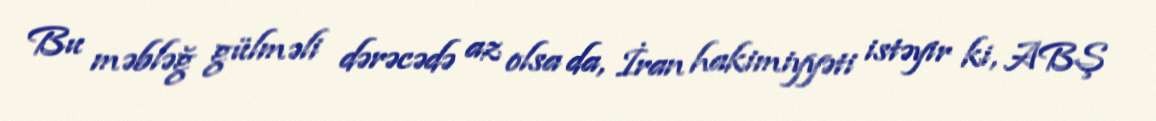
Bu məbləğ gülməli dərəcədə az olsa da, İran hakimiyyəti istəyir ki, ABŞ